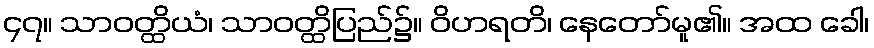
၄၇။ သာဝတ္ထိယံ၊ သာဝတ္ထိပြည်၌။ ဝိဟရတိ၊ နေတော်မူ၏။ အထ ခေါ၊